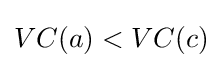
VC(a)<VC(c)